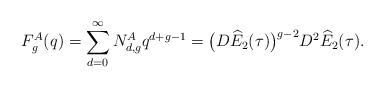
LaTeX: \begin{align*}F_g^A(q) = \sum_{d=0}^\infty N_{d,g}^A q^{d+g-1} = \big(D\widehat{E}_2(\tau)\big)^{g-2}D^2\widehat{E}_2(\tau).\end{align*}